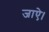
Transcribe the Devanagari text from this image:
जाऐ।